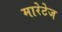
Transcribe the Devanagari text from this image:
मारेटेज